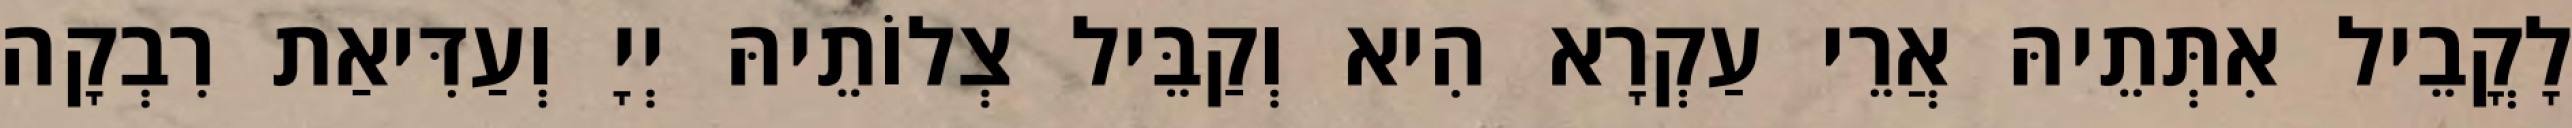
לָקֳבֵיל אִתְּתֵיהּ אֲרֵי עַקְרָא הִיא וְקַבֵּיל צְלוֹתֵיהּ יְיָ וְעַדִּיאַת רִבְקָה